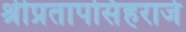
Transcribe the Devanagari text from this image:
श्रीप्रतापसिंहराजे